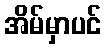
အိမ်မှာပင်